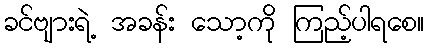
ခင်ဗျားရဲ့ အခန်း သော့ကို ကြည့်ပါရစေ။